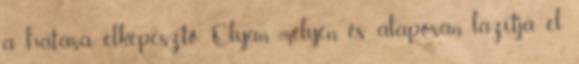
a hatása elképesztő. Olyan mélyen és alaposan lazítja el